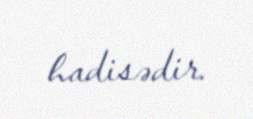
hadisədir.